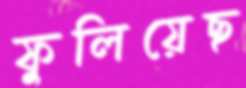
ফুলিয়েছ